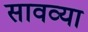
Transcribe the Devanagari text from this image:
सावव्या